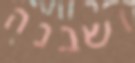
ושבנה